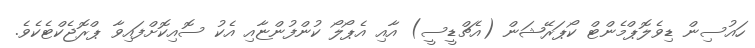
ހައުސިން ޑިވެލޮޕްމެންޓް ކޯޕަރޭޝަން (އެޗްޑީސީ) އާއި އެޕޯލޯ ކުންފުންޏާއި އެކު ސޮއިކޮށްފައިވާ ޕްރޮޖެކްޓެކެވެ.